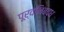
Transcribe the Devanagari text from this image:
पूर्वनिबद्ध